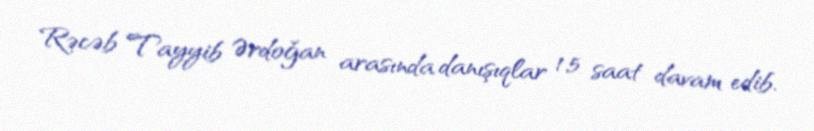
Rəcəb Tayyib Ərdoğan arasında danışıqlar 1,5 saat davam edib.